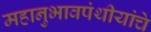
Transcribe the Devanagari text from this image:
महानुभावपंथीयांचे